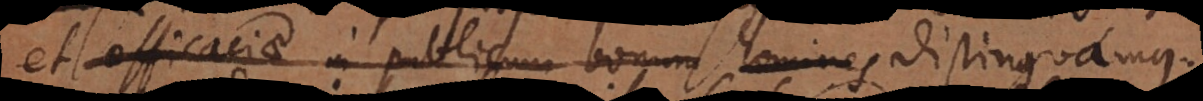
et efficaciae in publicum bonum homines communis